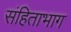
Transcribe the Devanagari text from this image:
संहिताभाग